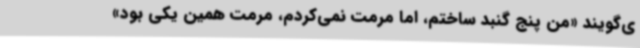
ی‌گویند «من پنج گنبد ساختم، اما مرمت نمی‌کردم، مرمت همین یکی بود»